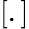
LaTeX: \left[.\right]